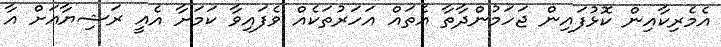
އެމެރިކާއިން ކޮޅުފައިން ޖަހަމުންދާތާ އެތައް އަހަރުތަކެއް ވެފައިވާ ކަމަށާ އެއީ ރަޝިޔާއަށް އާ